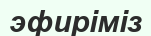
эфиріміз